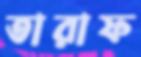
তারাফ